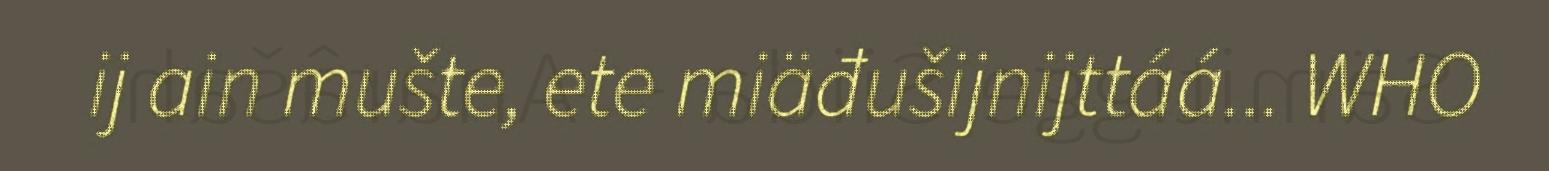
ij ain mušte, ete miäđušijnijttáá... WHO